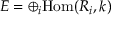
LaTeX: E = \oplus _ { i } { \mathrm { H o m } } ( R _ { i } , k )